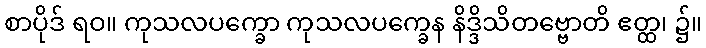
စာပိုဒ် ရဝ။ ကုသလပက္ခော ကုသလပက္ခေန နိဒ္ဒိသိတဗ္ဗောတိ ဧတ္ထ၊ ၌။